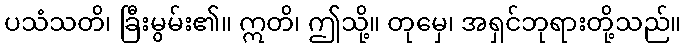
ပသံသတိ၊ ခြီးမွမ်း၏။ ဣတိ၊ ဤသို့။ တုမှေ၊ အရှင်ဘုရားတို့သည်။